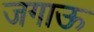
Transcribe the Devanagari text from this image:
जगाऊ